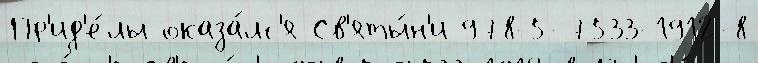
Пр'ид'е́лы оказа́лс'я Св'яты́н'и 978-5-7533-1912-8